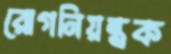
রোগনিয়ন্ত্রক